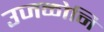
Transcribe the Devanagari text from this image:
उजळोनि